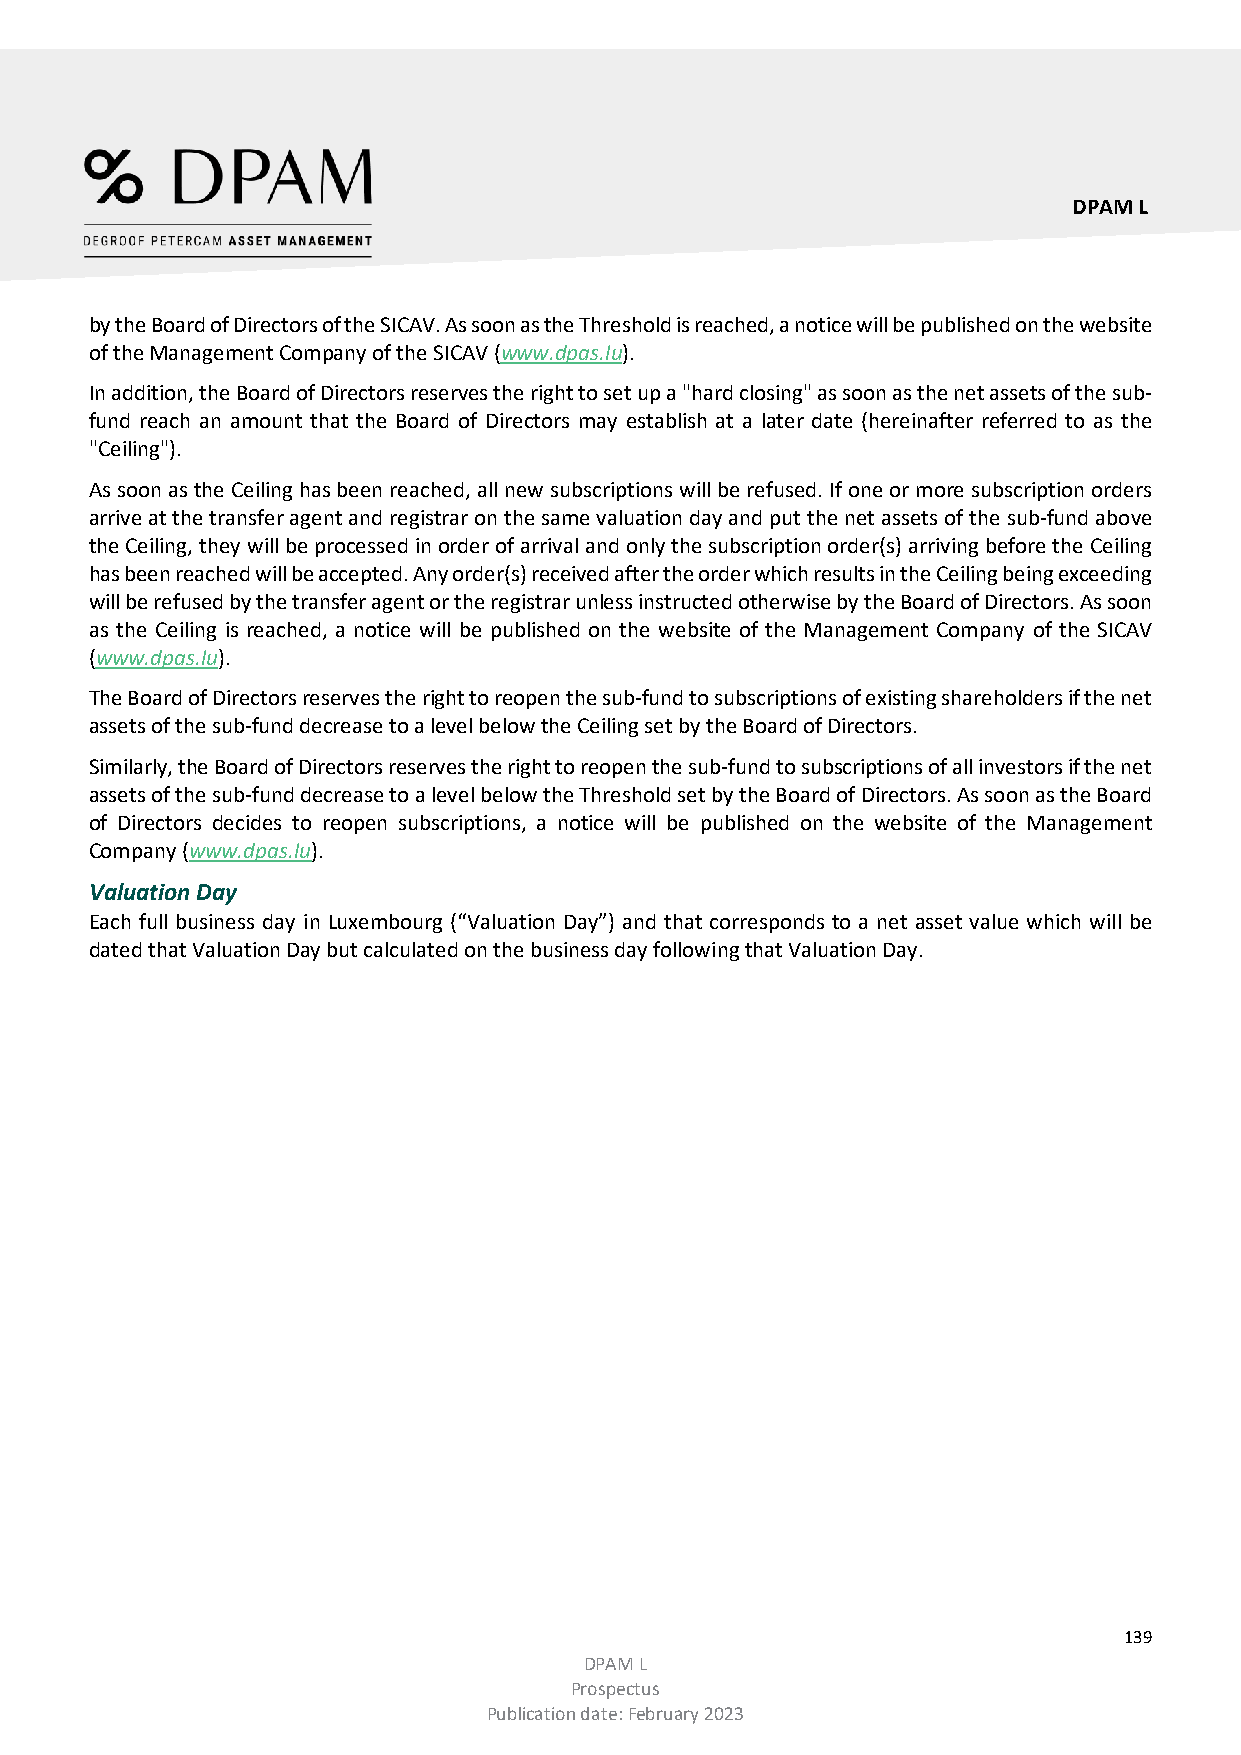
DPAM L
 by the Board of Directors of the SICAV. As soon as the Threshold is reached, a notice will be published on the website
 of the Management Company of the SICAV (www.dpas.lu).
 In addition, the Board of Directors reserves the right to set up a "hard closing" as soon as the net assets of the sub-
 fund reach an amount that the Board of Directors may establish at a later date (hereinafter referred to as the
 "Ceiling").
 As soon as the Ceiling has been reached, all new subscriptions will be refused. If one or more subscription orders
 arrive at the transfer agent and registrar on the same valuation day and put the net assets of the sub-fund above
 the Ceiling, they will be processed in order of arrival and only the subscription order(s) arriving before the Ceiling
 has been reached will be accepted. Any order(s) received after the order which results in the Ceiling being exceeding
 will be refused by the transfer agent or the registrar unless instructed otherwise by the Board of Directors. As soon
 as the Ceiling is reached, a notice will be published on the website of the Management Company of the SICAV
 (www.dpas.lu).
 The Board of Directors reserves the right to reopen the sub-fund to subscriptions of existing shareholders if the net
 assets of the sub-fund decrease to a level below the Ceiling set by the Board of Directors.
 Similarly, the Board of Directors reserves the right to reopen the sub-fund to subscriptions of all investors if the net
 assets of the sub-fund decrease to a level below the Threshold set by the Board of Directors. As soon as the Board
 of Directors decides to reopen subscriptions, a notice will be published on the website of the Management
 Company (www.dpas.lu).
 Valuation Day
 Each full business day in Luxembourg (“Valuation Day”) and that corresponds to a net asset value which will be
 dated that Valuation Day but calculated on the business day following that Valuation Day.
 139
 DPAM L
 Prospectus
 Publication date: February 2023